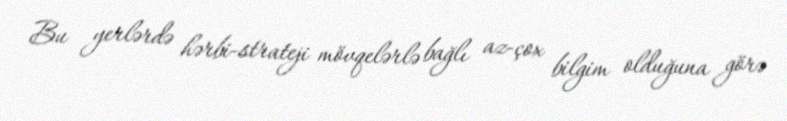
Bu yerlərdə hərbi-strateji mövqelərlə bağlı az-çox bilgim olduğuna görə